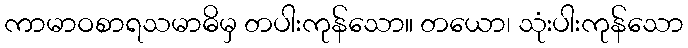
ကာမာဝစာရသမာဓိမှ တပါးကုန်သော။ တယော၊ သုံးပါးကုန်သော